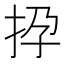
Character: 𢫡